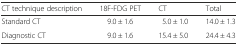
| CT technique description | 18F-FDG PET | CT | Total |
 | --- | --- | --- | --- |
 | Standard CT | 9.0 ± 1.6 | 5.0 ± 1.0 | 14.0 ± 1.3 |
 | Diagnostic CT | 9.0 ± 1.6 | 15.4 ± 5.0 | 24.4 ± 4.3 |